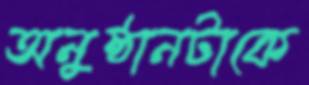
অনুষ্ঠানটাকে